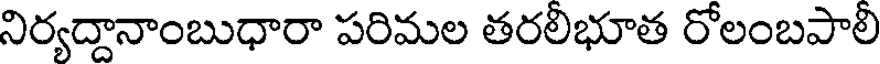
నిర్యద్దానాంబుధారా పరిమల తరలిభూత రోలంబపాలి